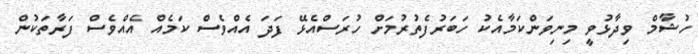
ހުޝާމް ވިދާޅުވީ މިނިވަންކަމާއެކު ހަބަރުފެތުރުމަށް ހުރަސްއެޅޭ ފަދަ އެއްވެސް ކަމެއް އެއްވެސް ފަރާތަކުން